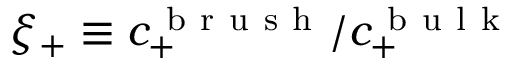
\xi _ { + } \equiv c _ { + } ^ { \mathrm { ~ b ~ r ~ u ~ s ~ h ~ } } / c _ { + } ^ { \mathrm { ~ b ~ u ~ l ~ k ~ } }